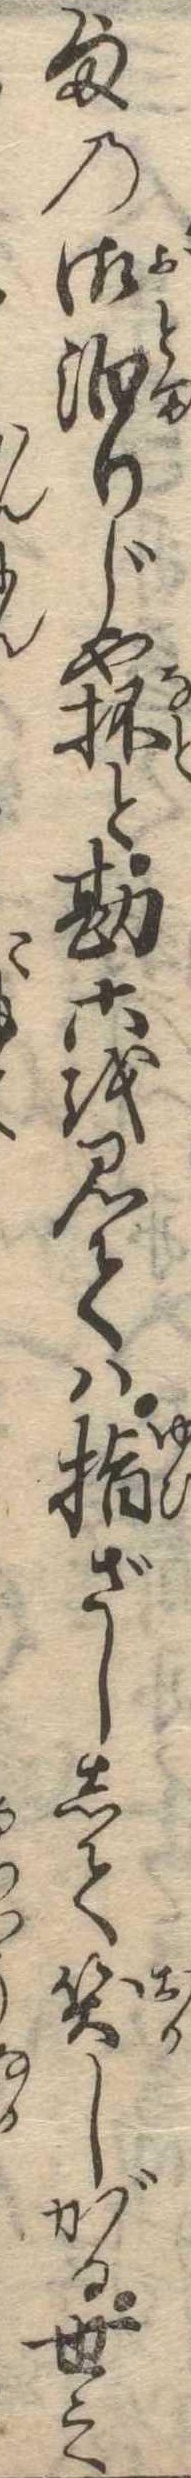
様の御泊りじや抔と勘六を見ては指ざしして笑しがる世之